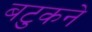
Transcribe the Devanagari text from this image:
बटुकने